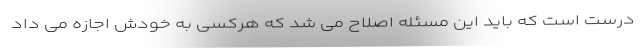
درست است که باید این مسئله اصلاح می شد که هرکسی به خودش اجازه می داد